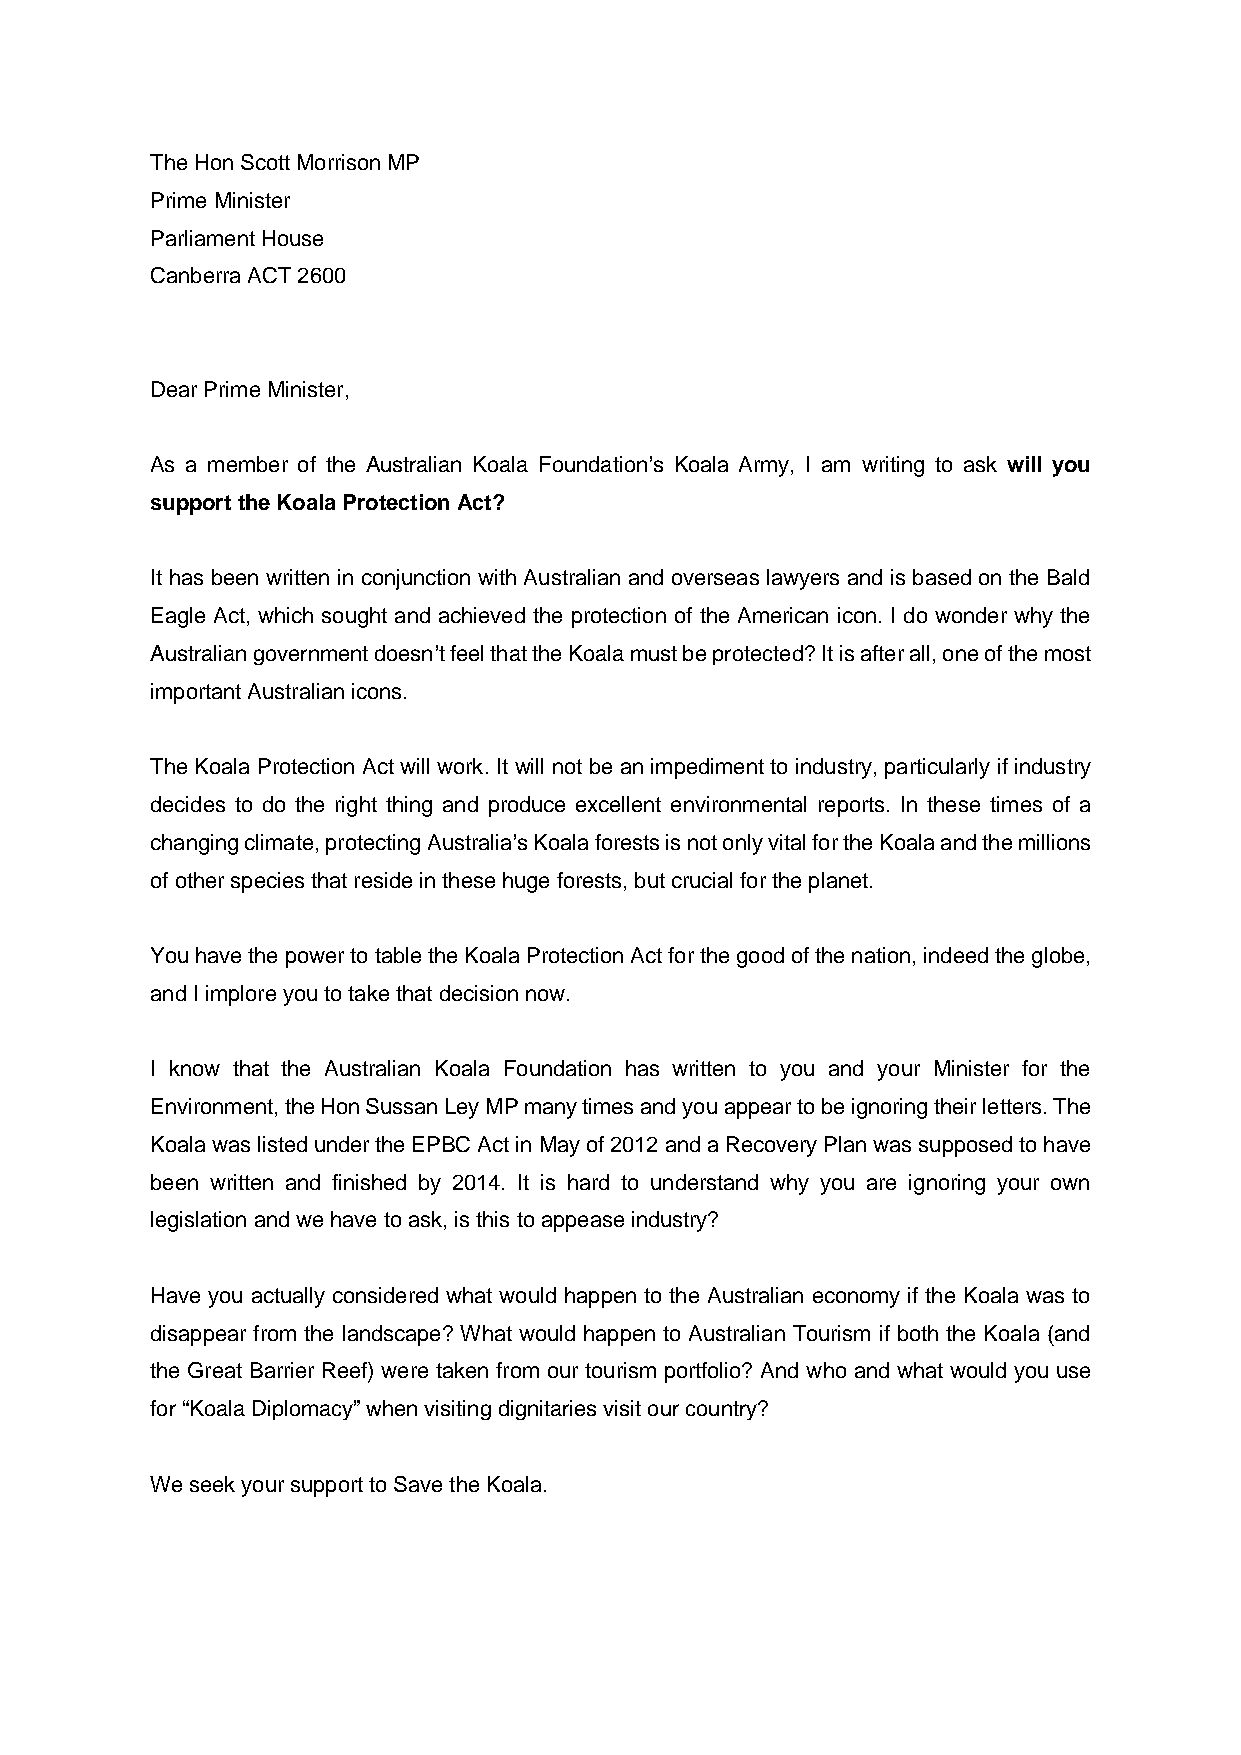
The Hon Scott Morrison MP
 Prime Minister
 Parliament House
 Canberra ACT 2600
 Dear Prime Minister,
 As a member of the Australian Koala Foundation’s Koala Army, I am writing to ask will you
 support the Koala Protection Act?
 It has been written in conjunction with Australian and overseas lawyers and is based on the Bald
 Eagle Act, which sought and achieved the protection of the American icon. I do wonder why the
 Australian government doesn’t feel that the Koala must be protected? It is after all, one of the most
 important Australian icons.
 The Koala Protection Act will work. It will not be an impediment to industry, particularly if industry
 decides to do the right thing and produce excellent environmental reports. In these times of a
 changing climate, protecting Australia’s Koala forests is not only vital for the Koala and the millions
 of other species that reside in these huge forests, but crucial for the planet.
 You have the power to table the Koala Protection Act for the good of the nation, indeed the globe,
 and I implore you to take that decision now.
 I know that the Australian Koala Foundation has written to you and your Minister for the
 Environment, the Hon Sussan Ley MP many times and you appear to be ignoring their letters. The
 Koala was listed under the EPBC Act in May of 2012 and a Recovery Plan was supposed to have
 been written and finished by 2014. It is hard to understand why you are ignoring your own
 legislation and we have to ask, is this to appease industry?
 Have you actually considered what would happen to the Australian economy if the Koala was to
 disappear from the landscape? What would happen to Australian Tourism if both the Koala (and
 the Great Barrier Reef) were taken from our tourism portfolio? And who and what would you use
 for “Koala Diplomacy” when visiting dignitaries visit our country?
 We seek your support to Save the Koala.